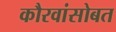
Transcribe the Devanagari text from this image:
कौरवांसोबत